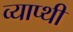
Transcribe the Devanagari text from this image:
व्याप्थी